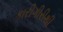
કારીગીરીથી